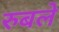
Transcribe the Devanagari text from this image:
रुबले